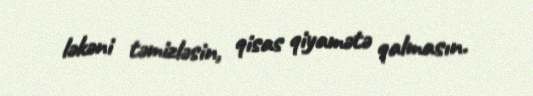
ləkəni təmizləsin, qisas qiyamətə qalmasın.